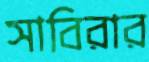
সাবিরার